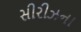
સીરીઝના